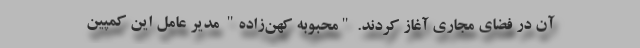
آن در فضای مجاری آغاز کردند. "محبوبه کهن‌زاده" مدیر عامل این کمپین